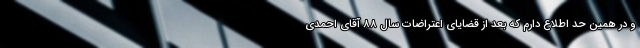
و در همین حد اطلاع دارم که بعد از قضایای اعتراضات سال ۸۸ آقای احمدی